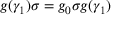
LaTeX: g ( \gamma _ { 1 } ) \sigma = g _ { 0 } \sigma g ( \gamma _ { 1 } )